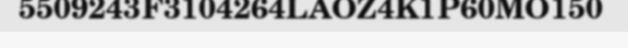
5509243F3104264LAOZ4K1P60MO150